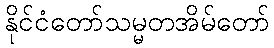
နိုင်ငံတော်သမ္မတအိမ်တော်